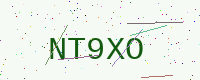
Text: NT9XO